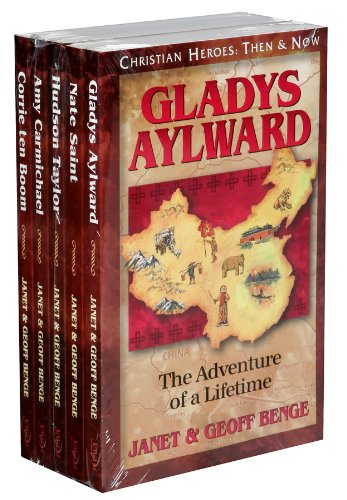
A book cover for Christian Heroes Books 1-5 Gift Set (Christian Heroes: Then & Now) (Displays and Gift Sets); Janet Benge; Christian Books & Bibles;